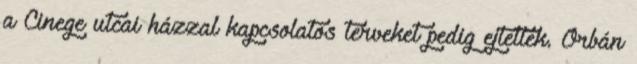
a Cinege utcai házzal kapcsolatos terveket pedig ejtették. Orbán